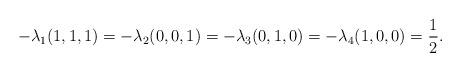
LaTeX: \begin{align*}-\lambda_1(1,1,1) = -\lambda_2(0,0,1) = -\lambda_3(0,1,0)= -\lambda_4(1,0,0) = \frac{1}{2}.\end{align*}